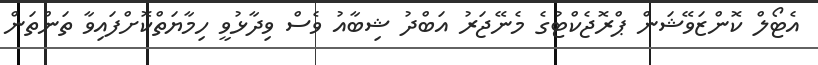
އެޓޯލް ކޮންޒަވޭޝަން ޕްރޮޖެކްޓުގެ މެނޭޖަރު އަބްދު ޝިބާއު ވެސް ވިދާޅުވީ ހިމާޔަތްކޮށްފައިވާ ތަންތަން